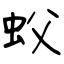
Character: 蚥